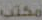
مكتب